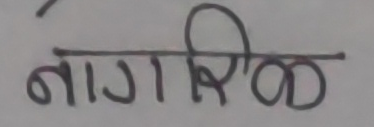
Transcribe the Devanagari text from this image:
नागरिक